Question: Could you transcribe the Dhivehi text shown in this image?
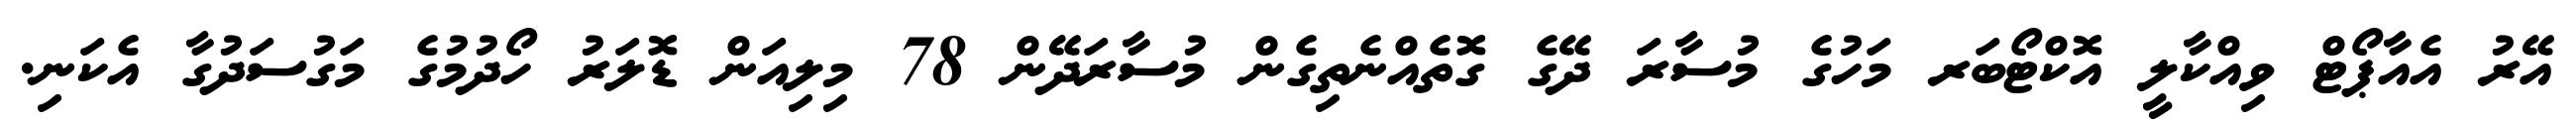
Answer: އޭރު އެއާޕޯޓް ވިއްކާލީ އޮކްޓޯބަރ މަހުގެ މުސާރަ ދޭގެ ގޮތެއްނެތިގެން މުސާރަދޭން 78 މިލިއަން ޑޮލަރު ހޯދުމުގެ މަގުސަދުގާ އެކަނި.